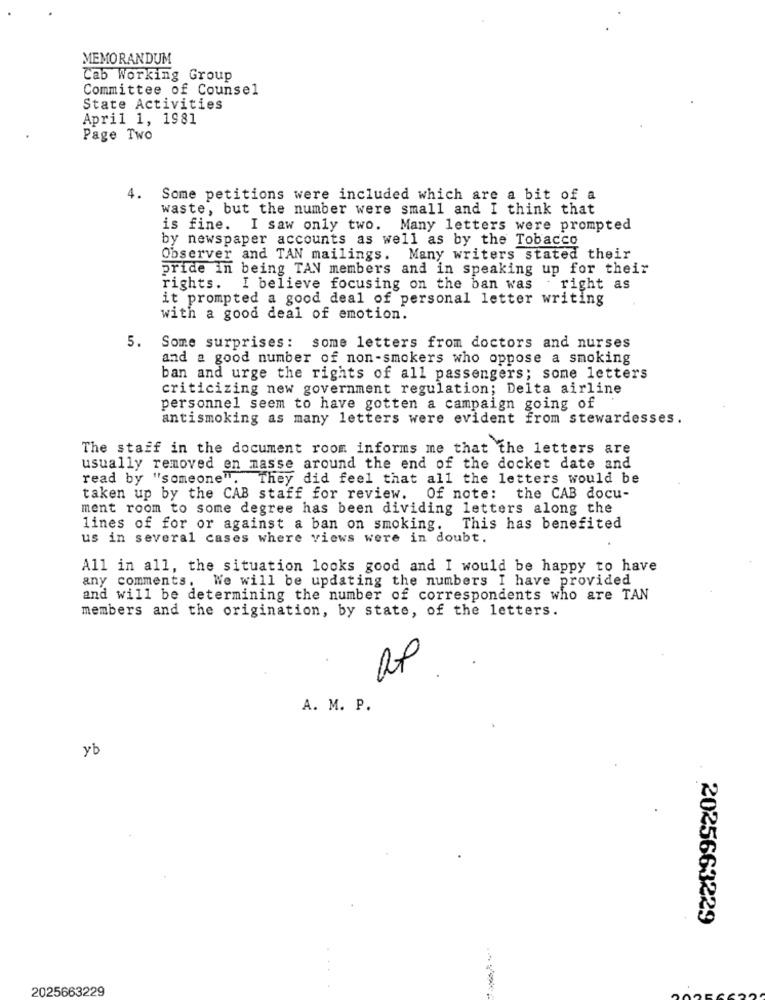
MEMORANDUM
Cab Working Group
Committee of Counsel
State Activities
April 1, 1981
Page Two
4.
Some petitions were included which are a bit of a
waste, but the number were small and I think that
is fine.
I saw only two. Many letters were prompted
by newspaper accounts as well as by the Tobacco
Observer and TAN mailings. Many writers stated their
pride in being TAN members and in speaking up for their
rights. I believe focusing on the ban was
right as
it prompted a good deal of personal letter writing
with a good deal of emotion.
5.
Some surprises: some letters from doctors and nurses
and a good number of non-smokers who oppose a smoking
ban and urge the rights of all passengers; some letters
criticizing new government regulation; Delta airline
personnel seem to have gotten a campaign going of
antismoking as many letters were evident from stewardesses.
The staff in the document room informs me that the letters are
usually removed en masse around the end of the docket date and
read by "someone".
They did feel that all the letters would be
taken up by the CAB staff for review. Of note: the CAB docu-
ment room to some degree has been dividing letters along the
lines of for or against a ban on smoking.
This has benefited
us in several cases where views were in doubt.
All in all, the situation looks good and I would be happy to have
any comments. We will be updating the numbers I have provided
and will be determining the number of correspondents who are TAN
members and the origination, by state, of the letters.
A. M. P.
yb
2025663229
2025663229